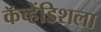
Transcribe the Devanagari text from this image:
कॅव्हेंडिशला